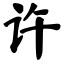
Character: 许